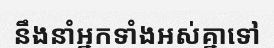
នឹងនាំអ្នកទាំងអស់គ្នាទៅ